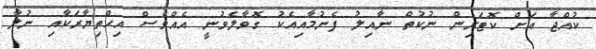
ކުއްޖާ އަށް ކޮޓަރިން ނުކުތް ނާއިލު ފެނުމާއިއެކު ގޮވާލެވުނީ އެއްވެސް އިޙްތިޔާރަކާއި ނުލާ